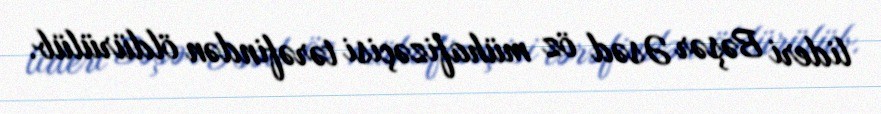
lideri Bəşər Əsəd öz mühafizəçisi tərəfindən öldürülüb.